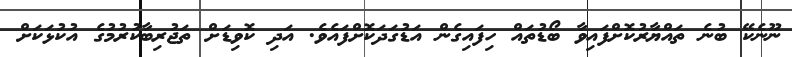
ނޫނެކޭ ބުނެ ތައްޔާރުކޮށްފައިވާ ބޯޑުތައް ހިފައިގެން އަޑުގަދަކޮށްފައެވެ. އަދި ކޮވިޑަށް ތަޖުރިބާކުރުމުގެ އުކުޅަކަށް